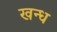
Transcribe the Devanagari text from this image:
खन्ध